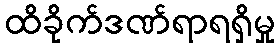
ထိခိုက်ဒဏ်ရာရရှိမှု